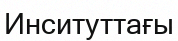
Инситуттағы